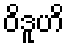
ဝိဒူဟိ